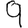
Digit: 9